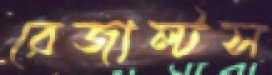
রেজাল্টস